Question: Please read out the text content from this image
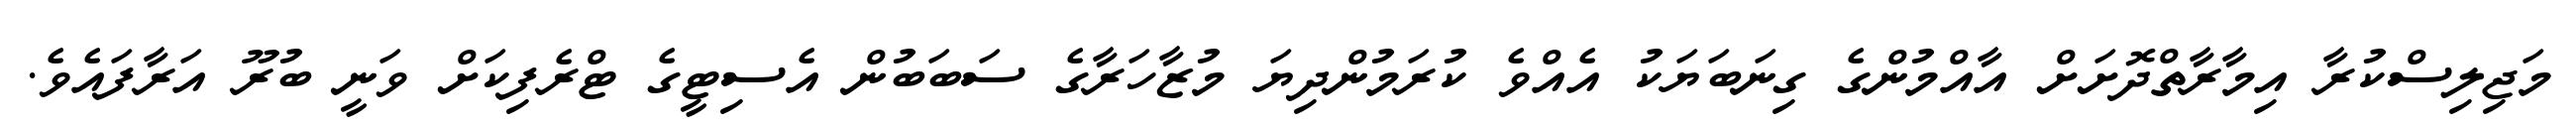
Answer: މަޖިލިސްކުރާ އިމާރާތްދޮށަށް އާއްމުންގެ ގިނަބަޔަކު އެއްވެ ކުރަމުންދިޔަ މުޒާހަރާގެ ސަބަބުން އެސިޓީގެ ޓްރެފިކަށް ވަނީ ބުރޫ އަރާފައެވެ.